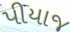
પીયાજ